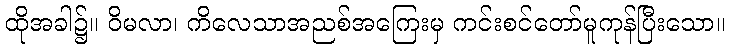
ထိုအခါ၌။ ဝိမလာ၊ ကိလေသာအညစ်အကြေးမှ ကင်းစင်တော်မူကုန်ပြီးသော။